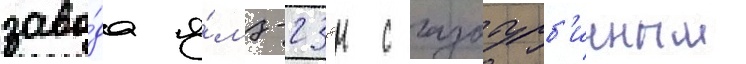
заво́да я́мз-238н с газотурб'инным